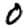
Digit: 0